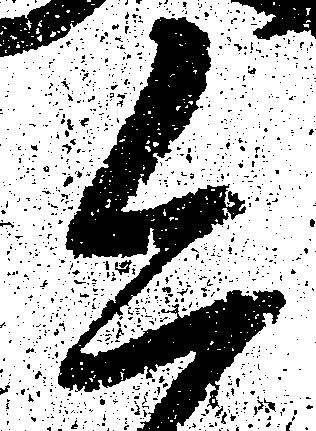
今